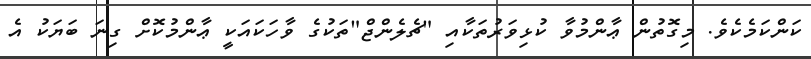
ކަންކަމެކެވެ. މިގޮތުން ޢާންމުވާ ކުޅިވަރުތަކާއި "ޗެލެންޖް"ތަކުގެ ވާހަކައަކީ ޢާންމުކޮށް ގިނަ ބަޔަކު އެ